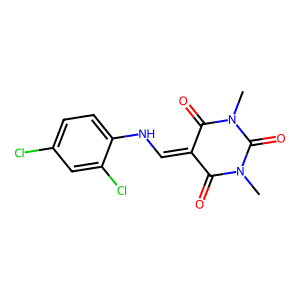
SMILES: CN1C(=O)C(=CNc2ccc(Cl)cc2Cl)C(=O)N(C)C1=O
Inhibits HIV replication: No